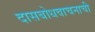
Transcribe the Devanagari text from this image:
दासबोधवाचनाची